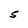
Character: 5